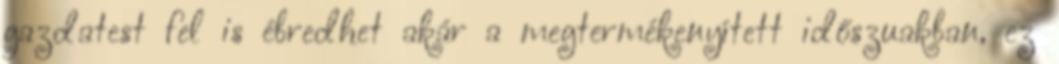
gazdatest fel is ébredhet akár a megtermékenyített időszuakban, ez